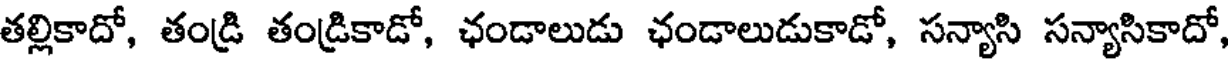
తల్లికాదో, తండ్రి తండ్రికాడో, ఛండాలుడు ఛండాలుడుకాడో, సన్యాసి సన్యాసికాదో,